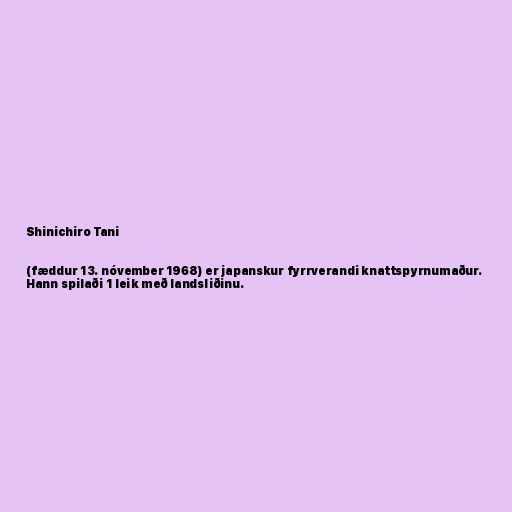
Shinichiro Tani

(fæddur 13. nóvember 1968) er japanskur fyrrverandi knattspyrnumaður.
Hann spilaði 1 leik með landsliðinu.